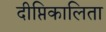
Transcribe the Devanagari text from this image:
दीप्तिकालिता